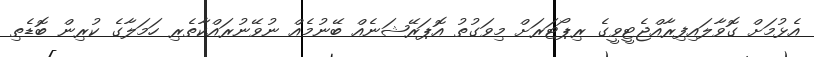
އެޅުމަށް ގޮވާލައިފިރާއްޖެޓީވީގެ ރިޕޯޓަރަށް މިވަގުތު އޮޕަރޭޝަނެއް ބޭނުމެއް ނުވޭނުރައްކާތެރި ހަމަލާގެ ކުރިން ބޮޑެތި